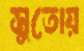
সুতোয়